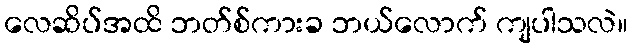
လေဆိပ်အထိ ဘတ်စ်ကားခ ဘယ်လောက် ကျပါသလဲ။